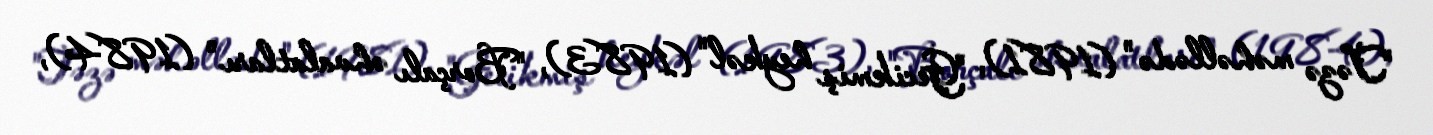
"Təzə məhəllədə" (1981), "Gecikmiş heykəl" (1983), "Borçalı əhvalatları" (1984),